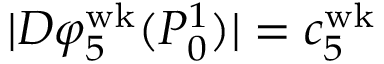
| D \varphi _ { 5 } ^ { \mathrm { w k } } ( P _ { 0 } ^ { 1 } ) | = c _ { 5 } ^ { \mathrm { w k } }